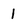
Character: 1